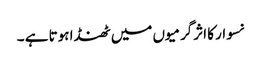
نسوار کا اثرگرمیوں میں ٹھنڈا ہوتا ہے ۔